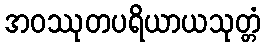
အဝဿုတပရိယာယသုတ္တံ